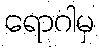
ရောဂါမှ